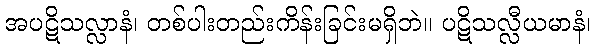
အပဋိသလ္လာနံ၊ တစ်ပါးတည်းကိန်းခြင်းမရှိဘဲ။ ပဋိသလ္လီယမာနံ၊